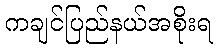
ကချင်ပြည်နယ်အစိုးရ